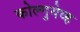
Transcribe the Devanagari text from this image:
कोल्गुयेव्ह